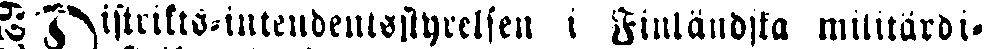
# Distrikts-intendentstylersen i Finländska militärdi-